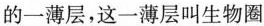
的一薄层，这一薄层叫生物圈